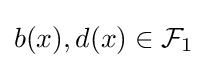
b(x),d(x)\in {\mathcal {F}}_{1}